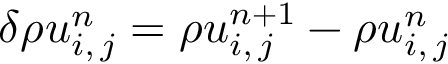
\delta \rho u _ { i , \, j } ^ { n } = \rho u _ { i , \, j } ^ { n + 1 } - \rho u _ { i , \, j } ^ { n }